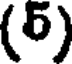
(5)